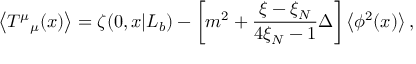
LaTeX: \left< T ^ { \mu } { } _ { \mu } ( x ) \right> = \zeta ( 0 , x | L _ { b } ) - \left[ m ^ { 2 } + \frac { \xi - \xi _ { N } } { 4 \xi _ { N } - 1 } \Delta \right] \left< \phi ^ { 2 } ( x ) \right> ,